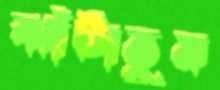
ঝাঁটাতুম